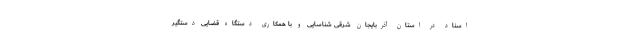
اسناد در استان آذربایجان شرقی شناسایی و با همکاری دستگاه قضایی دستگیر